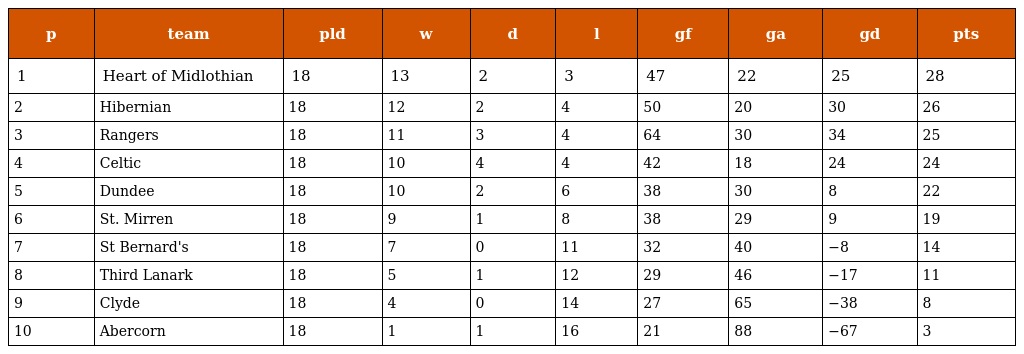
| p | team | pld | w | d | l | gf | ga | gd | pts |
 | --- | --- | --- | --- | --- | --- | --- | --- | --- | --- |
 | 1 | Heart of Midlothian | 18 | 13 | 2 | 3 | 47 | 22 | 25 | 28 |
 | 2 | Hibernian | 18 | 12 | 2 | 4 | 50 | 20 | 30 | 26 |
 | 3 | Rangers | 18 | 11 | 3 | 4 | 64 | 30 | 34 | 25 |
 | 4 | Celtic | 18 | 10 | 4 | 4 | 42 | 18 | 24 | 24 |
 | 5 | Dundee | 18 | 10 | 2 | 6 | 38 | 30 | 8 | 22 |
 | 6 | St. Mirren | 18 | 9 | 1 | 8 | 38 | 29 | 9 | 19 |
 | 7 | St Bernard's | 18 | 7 | 0 | 11 | 32 | 40 | −8 | 14 |
 | 8 | Third Lanark | 18 | 5 | 1 | 12 | 29 | 46 | −17 | 11 |
 | 9 | Clyde | 18 | 4 | 0 | 14 | 27 | 65 | −38 | 8 |
 | 10 | Abercorn | 18 | 1 | 1 | 16 | 21 | 88 | −67 | 3 |